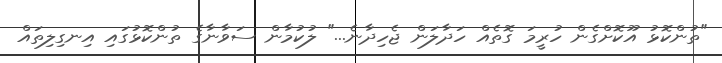
"ތުންކޮޅު އޫކޮށްގެން ހުރީމަ ގޮތެއް ހަދާލަން ޖެހިދާނެ..." ލުކުމާން ސަވާނާގެ ތުންކޮޅުގައި އިނގިލިތައް